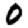
Digit: 0